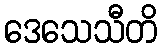
ဒေသေသီတိ